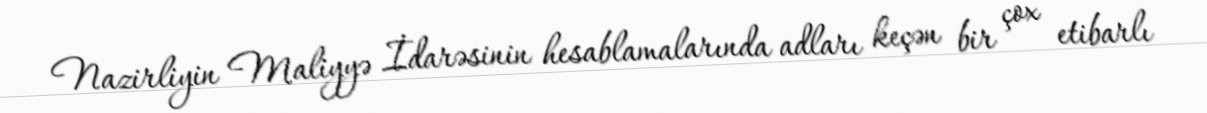
Nazirliyin Maliyyə İdarəsinin hesablamalarında adları keçən bir çox etibarlı